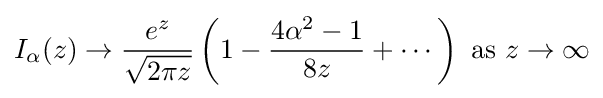
I_{\alpha }(z)\to {\frac {e^{z}}{\sqrt {2\pi z}}}\left(1-{\frac {4\alpha ^{2}-1}{8z}}+\cdots \right){\text{ as }}z\rightarrow \infty